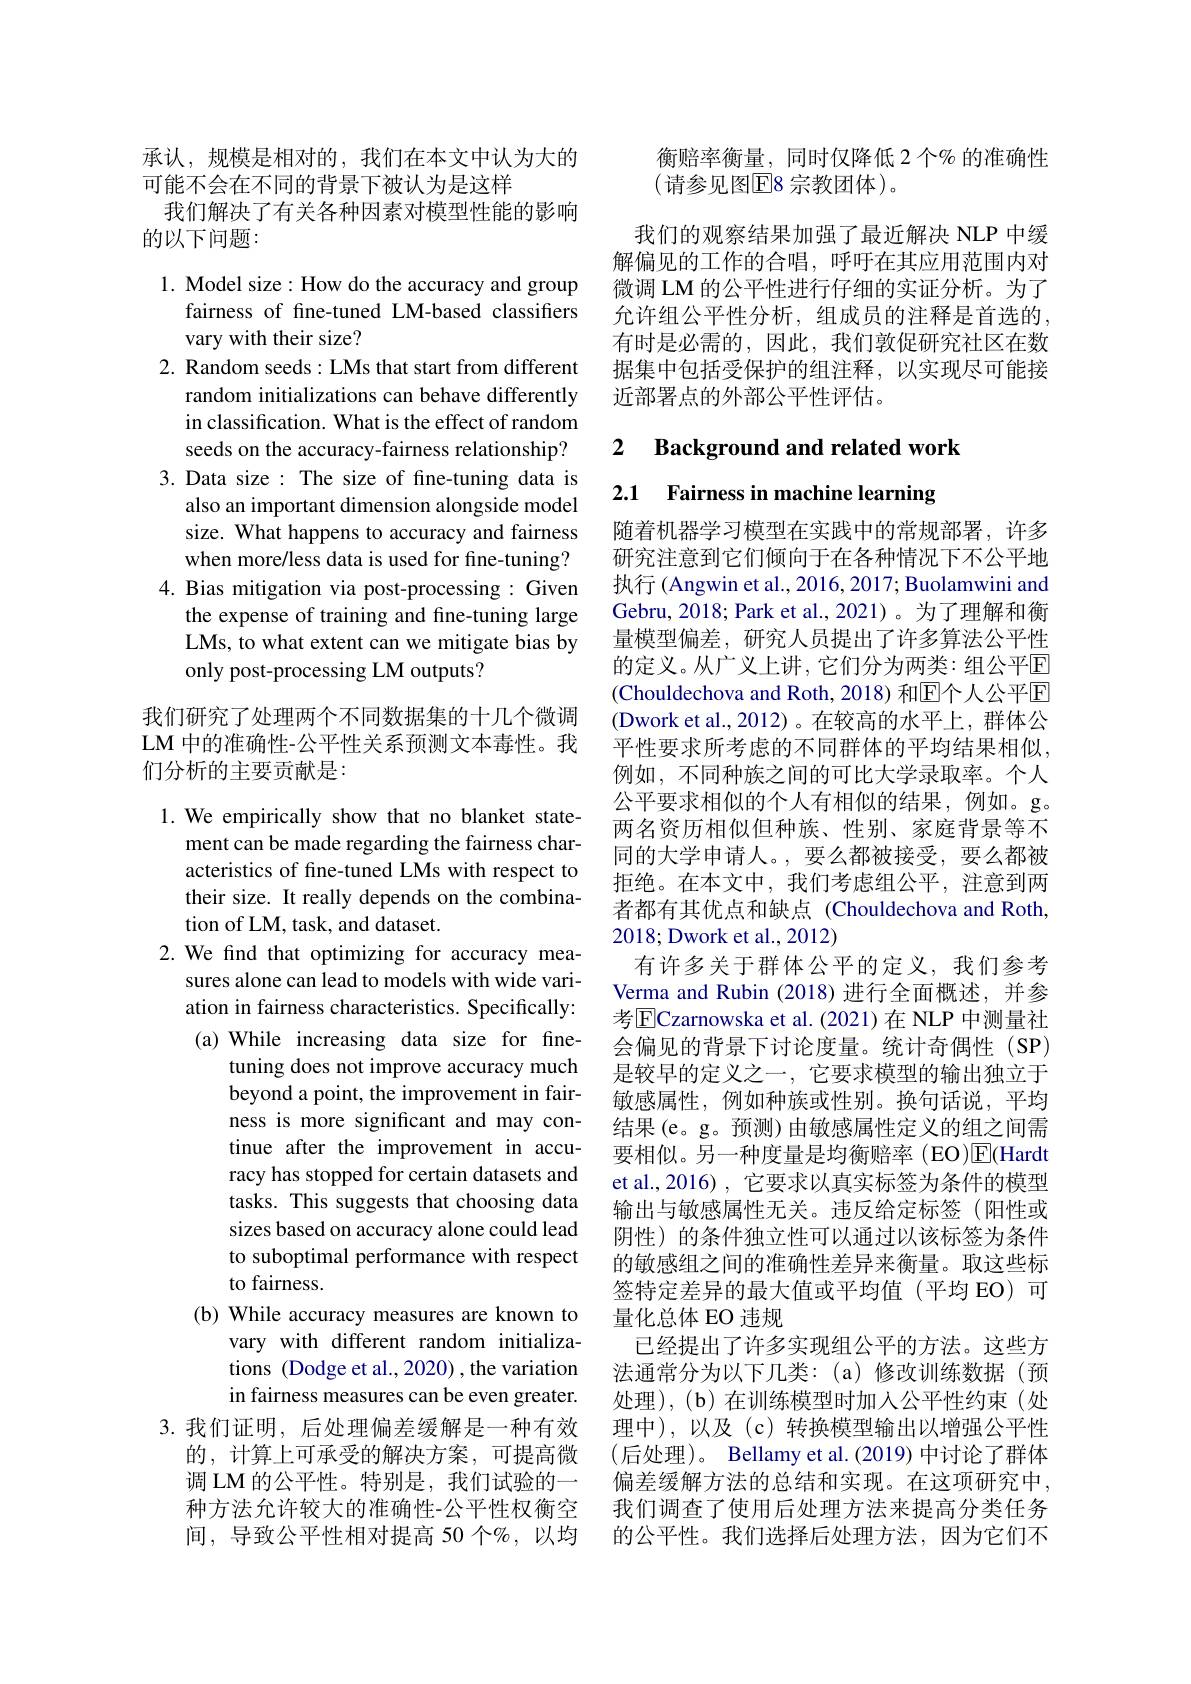
承认，规模是相对的，我们在本文中认为大的
可能不会在不同的背景下被认为是这样
我们解决了有关各种因素对模型性能的影响
的以下问题：

1. Model size: How do the accuracy and group
fairness of fne-tuned LM-based classifers
vary with their size?
2. Random seeds: LMs that start from different
random initializations can behave differently in classification. What is the effect of random seeds on the accuracy-fairness relationship?
3. Data size : The size of fine-tuning data is
also an important dimension alongside model size. What happens to accuracy and fairness when more/less data is used for fine-tuning?
4. Bias mitigation via post-processing: Given
the expense of training and fine-tuning large LMs, to what extent can we mitigate bias by only post-processing LM outputs?

我们研究了处理两个不同数据集的十几个微调LM 中的准确性-公平性关系预测文本毒性。我们分析的主要贡献是：

1. We empirically show that no blanket state-
ment can be made regarding the fairness characteristics of fine-tuned LMs with respect to their size. It really depends on the combination of LM, task, and dataset.
2. We find that optimizing for accuracy mea-
sures alone can lead to models with wide variation in fairness characteristics. Specifically: (a) While increasing data size for fine-
tuning does not improve accuracy much beyond a point, the improvement in fairness is more significant and may continue after the improvement in accuracy has stopped for certain datasets and tasks. This suggests that choosing data sizes based on accuracy alone could lead to suboptimal performance with respect to fairness.
(b) While accuracy measures are known to
vary with different random initializations (Dodge et al., 2020) , the variation in fairness measures can be even greater.
3.我们证明，后处理偏差缓解是一种有效
的，计算上可承受的解决方案，可提高微调 LM 的公平性。特别是，我们试验的一种方法允许较大的准确性-公平性权衡空间，导致公平性相对提高 50 个%,以均

衡赔率衡量，同时仅降低 2 个% 的准确性
(请参见图$\overline{\mathrm{E}}8$ 宗教团体)。

我们的观察结果加强了最近解决 NLP 中缓解偏见的工作的合唱，呼吁在其应用范围内对微调 LM 的公平性进行仔细的实证分析。为了允许组公平性分析，组成员的注释是首选的有时是必需的，因此，我们敦促研究社区在数据集中包括受保护的组注释，以实现尽可能接近部署点的外部公平性评估。

## 2 Background and related work

2.1 Fairness in machine learning

随着机器学习模型在实践中的常规部署，许多研究注意到它们倾向于在各种情况下不公平地执行 (Angwin et al., 2016, 2017; Buolamwini and Gebru, 2018; Park et al., 2021)。为了理解和衡量模型偏差，研究人员提出了许多算法公平性的定义。从广义上讲，它们分为两类：组公平E (Chouldechova and Roth, 2018) 和$\mathbb{E}$个人公平$\mathbb{E}$ (Dwork et al.,2012)。在较高的水平上，群体公平性要求所考虑的不同群体的平均结果相似， 例如，不同种族之间的可比大学录取率。个人公平要求相似的个人有相似的结果，例如。g。两名资历相似但种族、性别、家庭背景等不同的大学申请人。,要么都被接受，要么都被拒绝。在本文中，我们考虑组公平，注意到两者都有其优点和缺点(Chouldechova and Roth, 2018;Dwork et al., 2012)
有许多关于群体公平的定义，我们参考Verma and Rubin (2018)进行全面概述，并参考$\overline{\mathrm{E}}$Czarnowska et al.(2021)在 NLP 中测量社会偏见的背景下讨论度量。统计奇偶性(SP) 是较早的定义之一，它要求模型的输出独立于敏感属性，例如种族或性别。换句话说，平均结果(e。g。预测)由敏感属性定义的组之间需要相似。另一种度量是均衡赔率(EO)$\overline{\mathrm{E}}($Hardt et al.,2016),它要求以真实标签为条件的模型输出与敏感属性无关。违反给定标签(阳性或阴性)的条件独立性可以通过以该标签为条件的敏感组之间的准确性差异来衡量。取这些标签特定差异的最大值或平均值(平均 EO)可量化总体 EO 违规
已经提出了许多实现组公平的方法。这些方法通常分为以下几类：(a)修改训练数据(预处理),(b)在训练模型时加人公平性约束(处理中),以及(c)转换模型输出以增强公平性(后处理)。Bellamy et al.(2019) 中讨论了群体偏差缓解方法的总结和实现。在这项研究中， 我们调查了使用后处理方法来提高分类任务的公平性。我们选择后处理方法，因为它们不